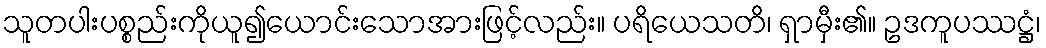
သူတပါးပစ္စည်းကိုယူ၍ယောင်းသောအားဖြင့်လည်း။ ပရိယေသတိ၊ ရှာမှီး၏။ ဥဒကူပဿဋ္ဌံ၊